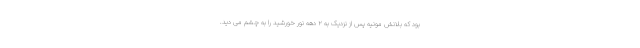
بود که بلانش مونیه پس از نزدیک به ۲ دهه نور خورشید را به چشم می دید.